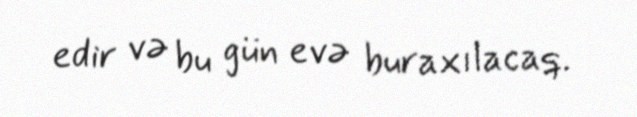
edir və bu gün evə buraxılacaq.